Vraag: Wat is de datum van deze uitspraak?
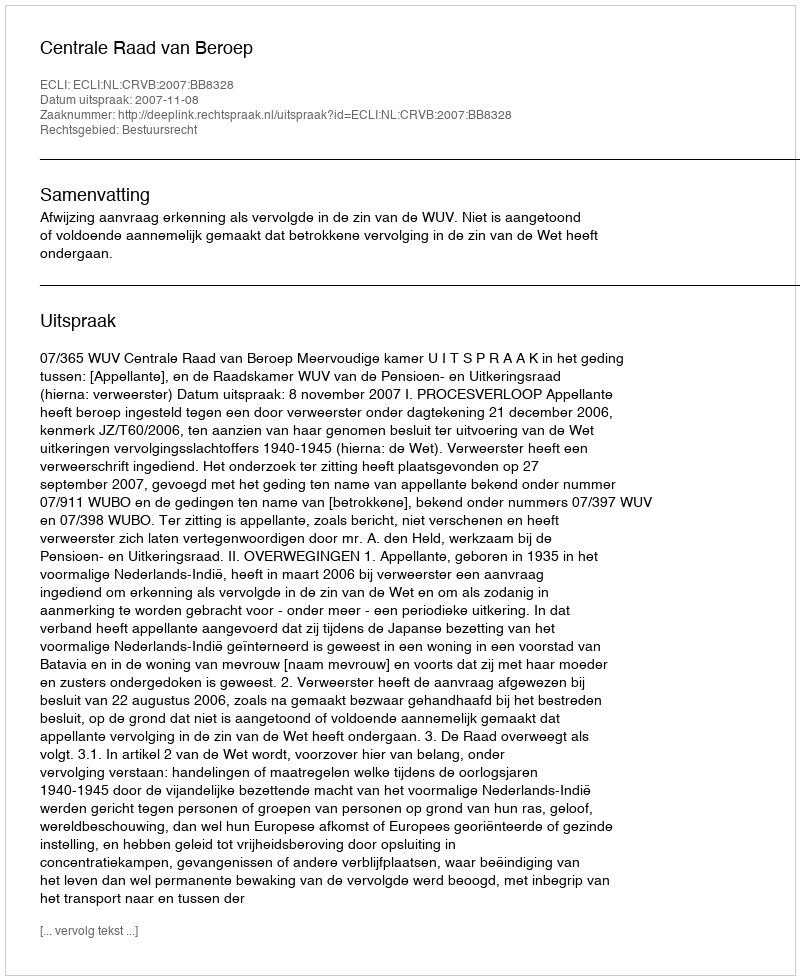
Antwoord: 2007-11-08